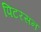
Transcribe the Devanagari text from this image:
पिटरसन